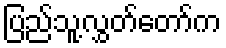
ပြည်သူ့လွှတ်တော်က